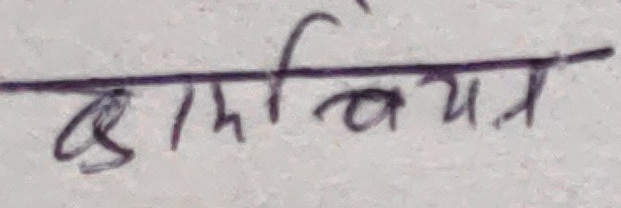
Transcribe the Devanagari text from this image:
कार्यन्वयन